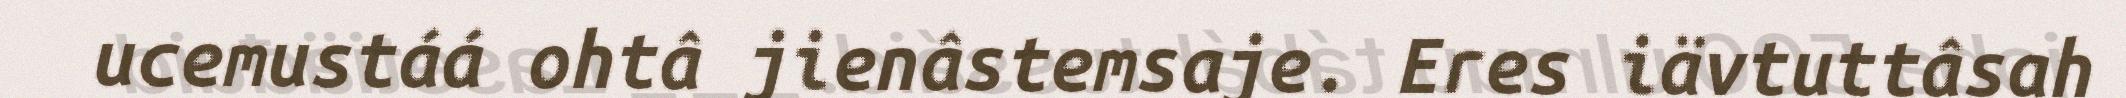
ucemustáá ohtâ jienâstemsaje. Eres iävtuttâsah